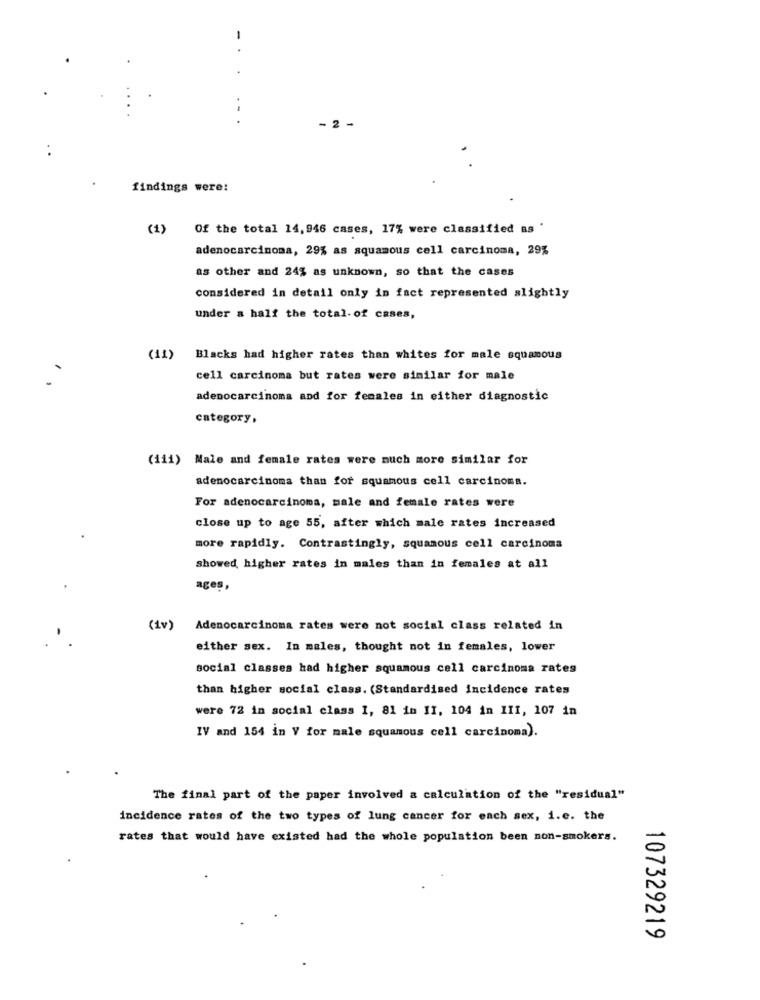
2
findings were:
(1) Of the total 14, 946 cases, 17% were classified as '
adenocarcinoma, 29% as squamous cell carcinoma, 29%
as other and 24% as unknown, so that the cases
considered in detail only in fact represented slightly
under a half the total- of cases,
(11)
Blacks had higher rates than whites for male squamous
cell carcinoma but rates were similar for male
adenocarcinoma and for females in either diagnostic
category,
(111) Male and female rates were much more similar for
adenocarcinoma than for squamous cell carcinoma.
For adenocarcinoma, male and female rates were
close up to age 55, after which male rates increased
more rapidly. Contrastingly, squamous cell carcinoma
showed higher rates in males than in females at all
ages,
(iv)
Adenocarcinoma rates were not social class related in
either sex. In males, thought not in females, lower
social classes had higher squamous cell carcinoma rates
than higher social class. (Standardised incidence rates
were 72 in social class 1, 81 in II, 104 in III, 107 in
IV and 154 in V for male squamous cell carcinoma).
The final part of the paper involved a calculation of the "residual"
incidence rates of the two types of lung cancer for each sex, i.e. the
rates that would have existed had the whole population been non-smokers.
107329219